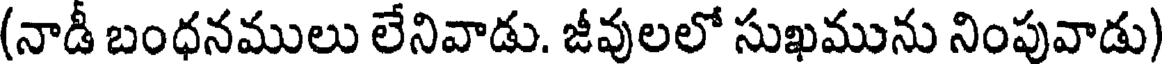
(నాడీ బంధనములు లేనివాడు. జీవులలో సుఖమును నింపువాడు)